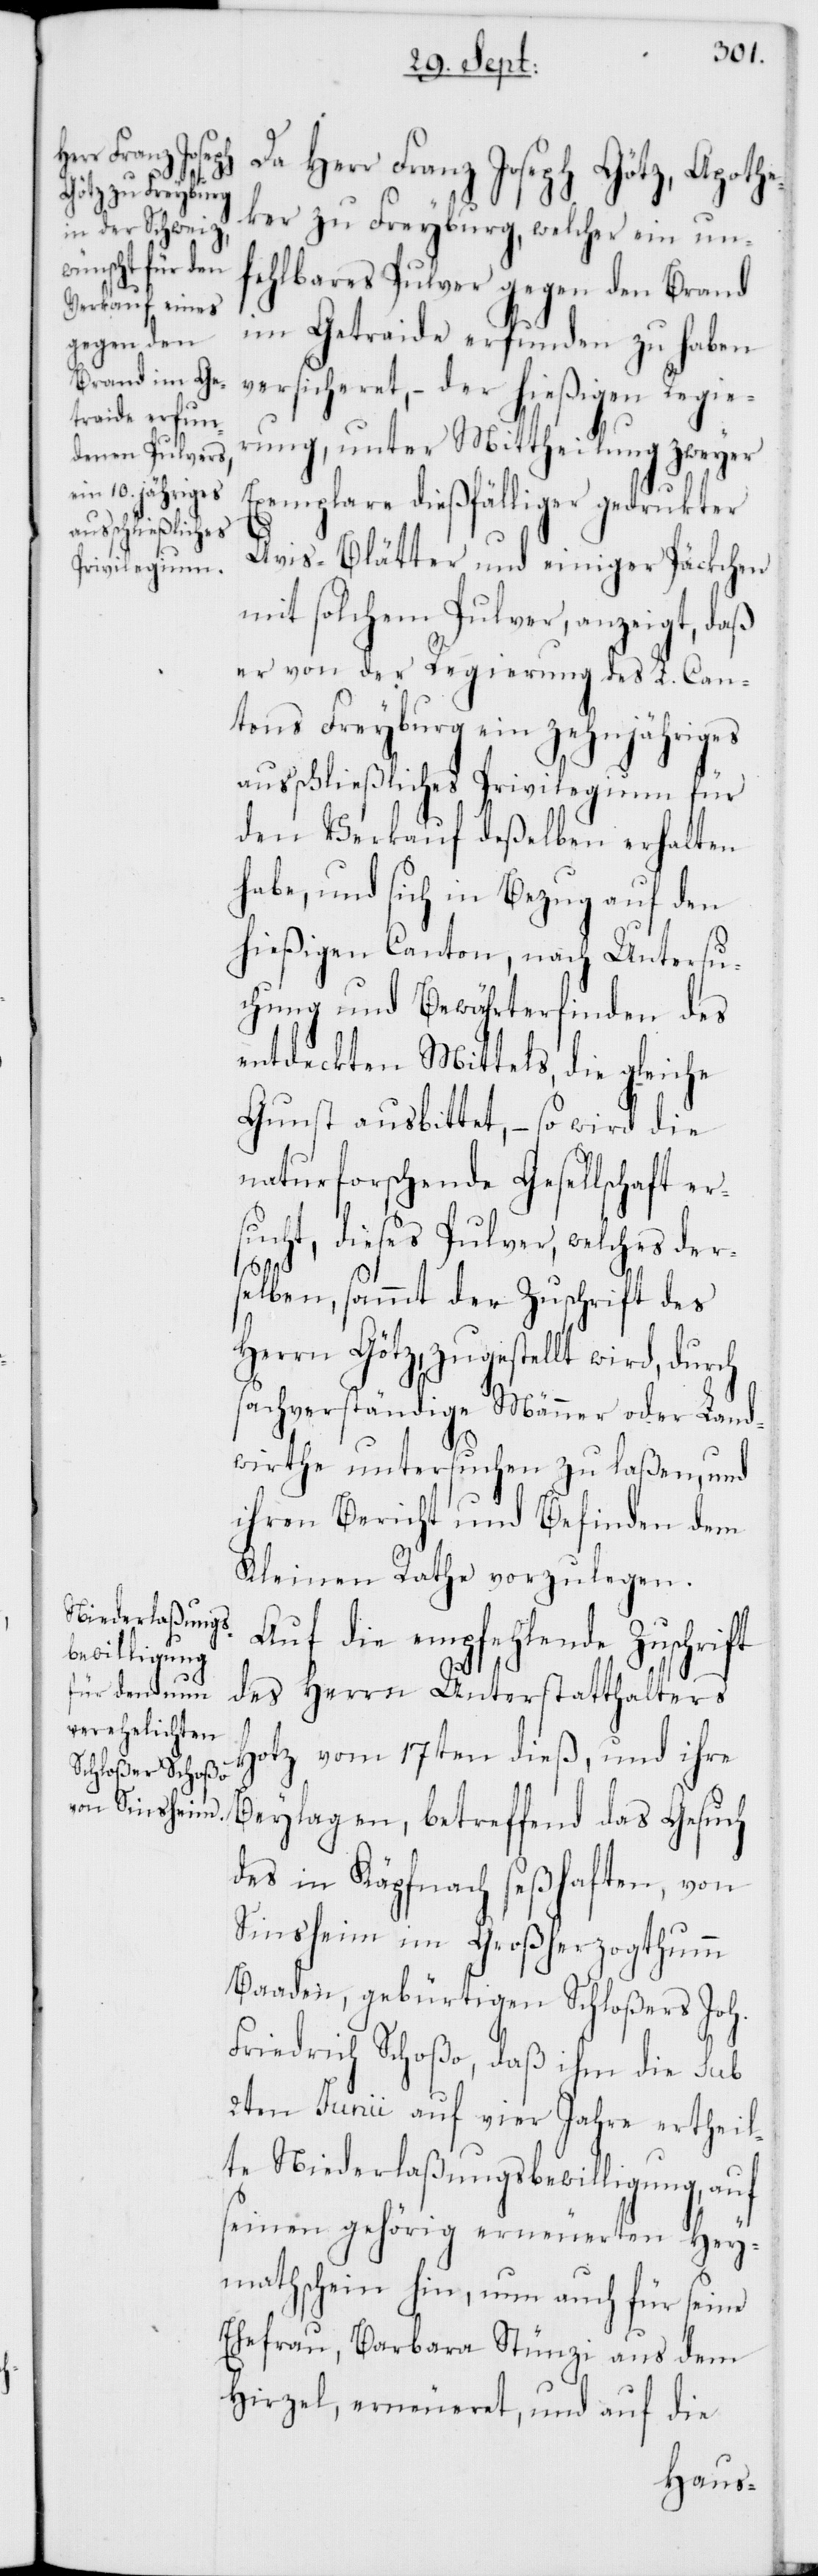
Da Herr Franz Joseph Götz, Apothe¬
ker zu Freyburg, welcher ein un¬
fehlbares Pulver gegen den Brand
im Getraide erfunden zu haben
versicheret, – der hießigen Regie¬
rung, unter Mittheilung zweyer
Exemplare dießfälliger gedruckter
Avis-Blätter und einige Päckchen
mit solchem Pulver anzeigt, daß
er von der Regierung des L. Can¬
tons Freyburg ein zehnjähriges
ausschließliches Privilegium für
den Verkauf deßelben erhalten
habe, und sich in Bezug auf den
hießigen Canton, nach Untersu¬
chung und Bewährterfinden des
entdeckten Mittels, die gleiche
Gunst ausbittet, – so wird die
naturforschende Gesellschaft er¬
sucht, dieses Pulver, welches der¬
selben, sammt der Zuschrift des
Herrn Götz, zugestellt wird, durch
sachverständige Männer oder Land¬
wirthe untersuchen zu laßen, und
ihren Bericht und Befinden dem
Kleinen Rathe vorzulegen.
Auf die empfehlende Zuschrift
des Herrn Unterstatthalters
Hotz vom 17ten dieß, und ihre
Beylagen, betreffend das Gesuch
des in Käpfnach seßhaften, von
Sinsheim im Großherzogthumm
Baaden, gebürtigen Schloßers Joh.
Friedrich Schoßo, daß ihm die sub
2ten Junii auf vier Jahre ertheil¬
te Niederlaßungsbewilligung auf
seinen gehörig erneuereten Hey¬
mathschein hin, nun auch für seine
Ehefrau, Barbara Stünzi aus dem
Hirzel, erneueret, und auf die